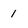
Character: 1